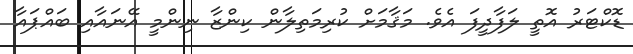
ޑޮކްޓަރު އޮތީ ލަފާދީފަ އެވެ. މަޤާމަށް ކުރިމަތިލާން ކިންޒާ ނިންމީ އޭނައާއި ބައްޕައާ